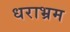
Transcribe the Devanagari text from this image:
धराभ्रम